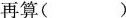
再算()